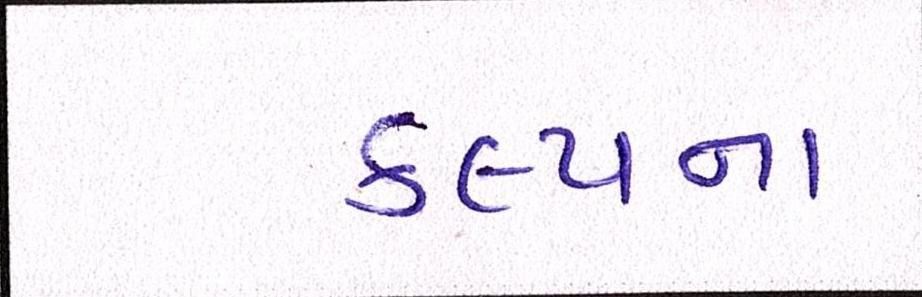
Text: કલ્પના